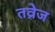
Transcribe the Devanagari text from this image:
तव्रेज